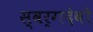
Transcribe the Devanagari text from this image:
स्वर्गदेवों